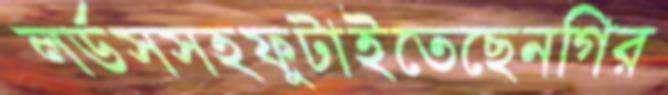
লর্ডসসহফুটাইতেছেনগির